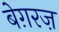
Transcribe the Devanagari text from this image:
बेग़रज़